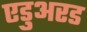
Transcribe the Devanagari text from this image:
एडुअरड